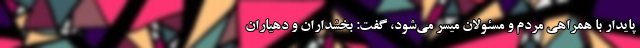
پایدار با همراهی مردم و مسئولان میسر می‌شود، گفت: بخشداران و دهیاران